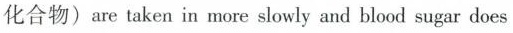
化合物) are taken in more slowly and blood sugar does